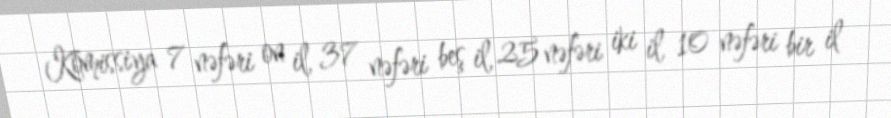
Komissiya 7 nəfəri on il, 37 nəfəri beş il, 25 nəfəri iki il, 10 nəfəri bir il